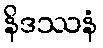
နိဒဿနံ